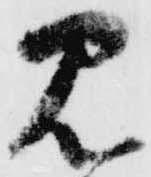
見